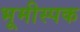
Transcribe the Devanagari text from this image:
भूमीस्पक